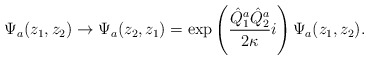
\begin{align*}\Psi_a(z_1,z_2) \rightarrow \Psi_a(z_2,z_1) = \exp\left(\frac{\hat Q^a_1\hat Q^a_2}{2\kappa}i\right) \Psi_a(z_1,z_2).\end{align*}